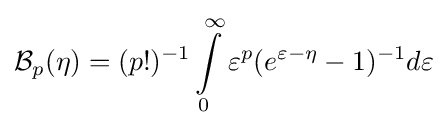
{\mathcal {B}}_{p}(\eta )=(p!)^{-1}\int \limits _{0}^{\infty }{\varepsilon ^{p}(e^{\varepsilon -\eta }-1})^{-1}d\varepsilon